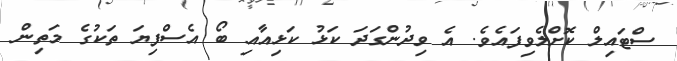
ސްޓައިލް ކޮށްލެވިފައެވެ. އެ ވިދުންގަދަ ކަޅު ކަޅިއާއި ބޯ އެސްފިޔަ ތަކުގެ މަތިން